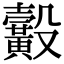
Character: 𪏙